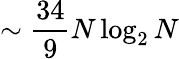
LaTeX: \sim{\frac{34}{9}}N\log_{2}N